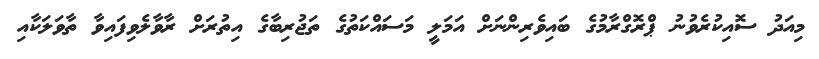
މިއަދު ސޮއިކުރެވުނު ޕްރޮގްރާމުގެ ބައިވެރިންނަށް އަމަލީ މަސައްކަތުގެ ތަޖުރިބާގެ އިތުރަށް ރާވާލެވިފައިވާ ތާވަލަކާއި